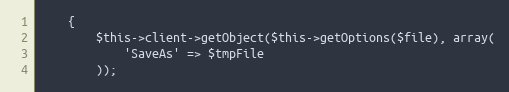
Language: PHP
    {
        $this->client->getObject($this->getOptions($file), array(
            'SaveAs' => $tmpFile
        ));